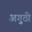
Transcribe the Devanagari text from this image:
अगुठी